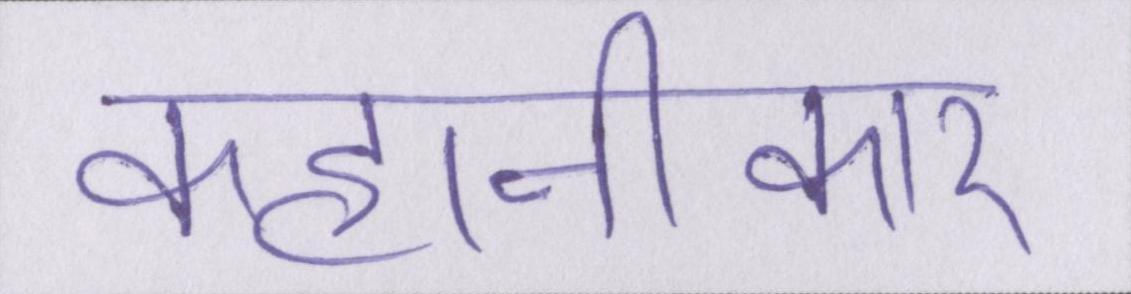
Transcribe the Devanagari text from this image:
कहानीकार